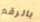
بالرقم